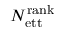
N _ { \mathrm { e t t } } ^ { \mathrm { r a n k } }